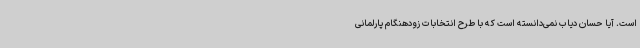
است. آیا حسان دیاب نمی‌دانسته است که با طرح انتخابات زودهنگام پارلمانی